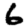
Digit: 6